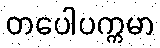
တပေါပက္ကမာ